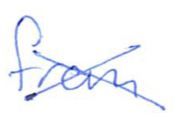
Text: from
Cross-out: cross
Writing tool: ballpoint